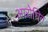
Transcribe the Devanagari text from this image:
आरोधित